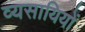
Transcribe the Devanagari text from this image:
व्यसायियों